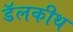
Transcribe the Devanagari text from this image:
डॅलकीथ